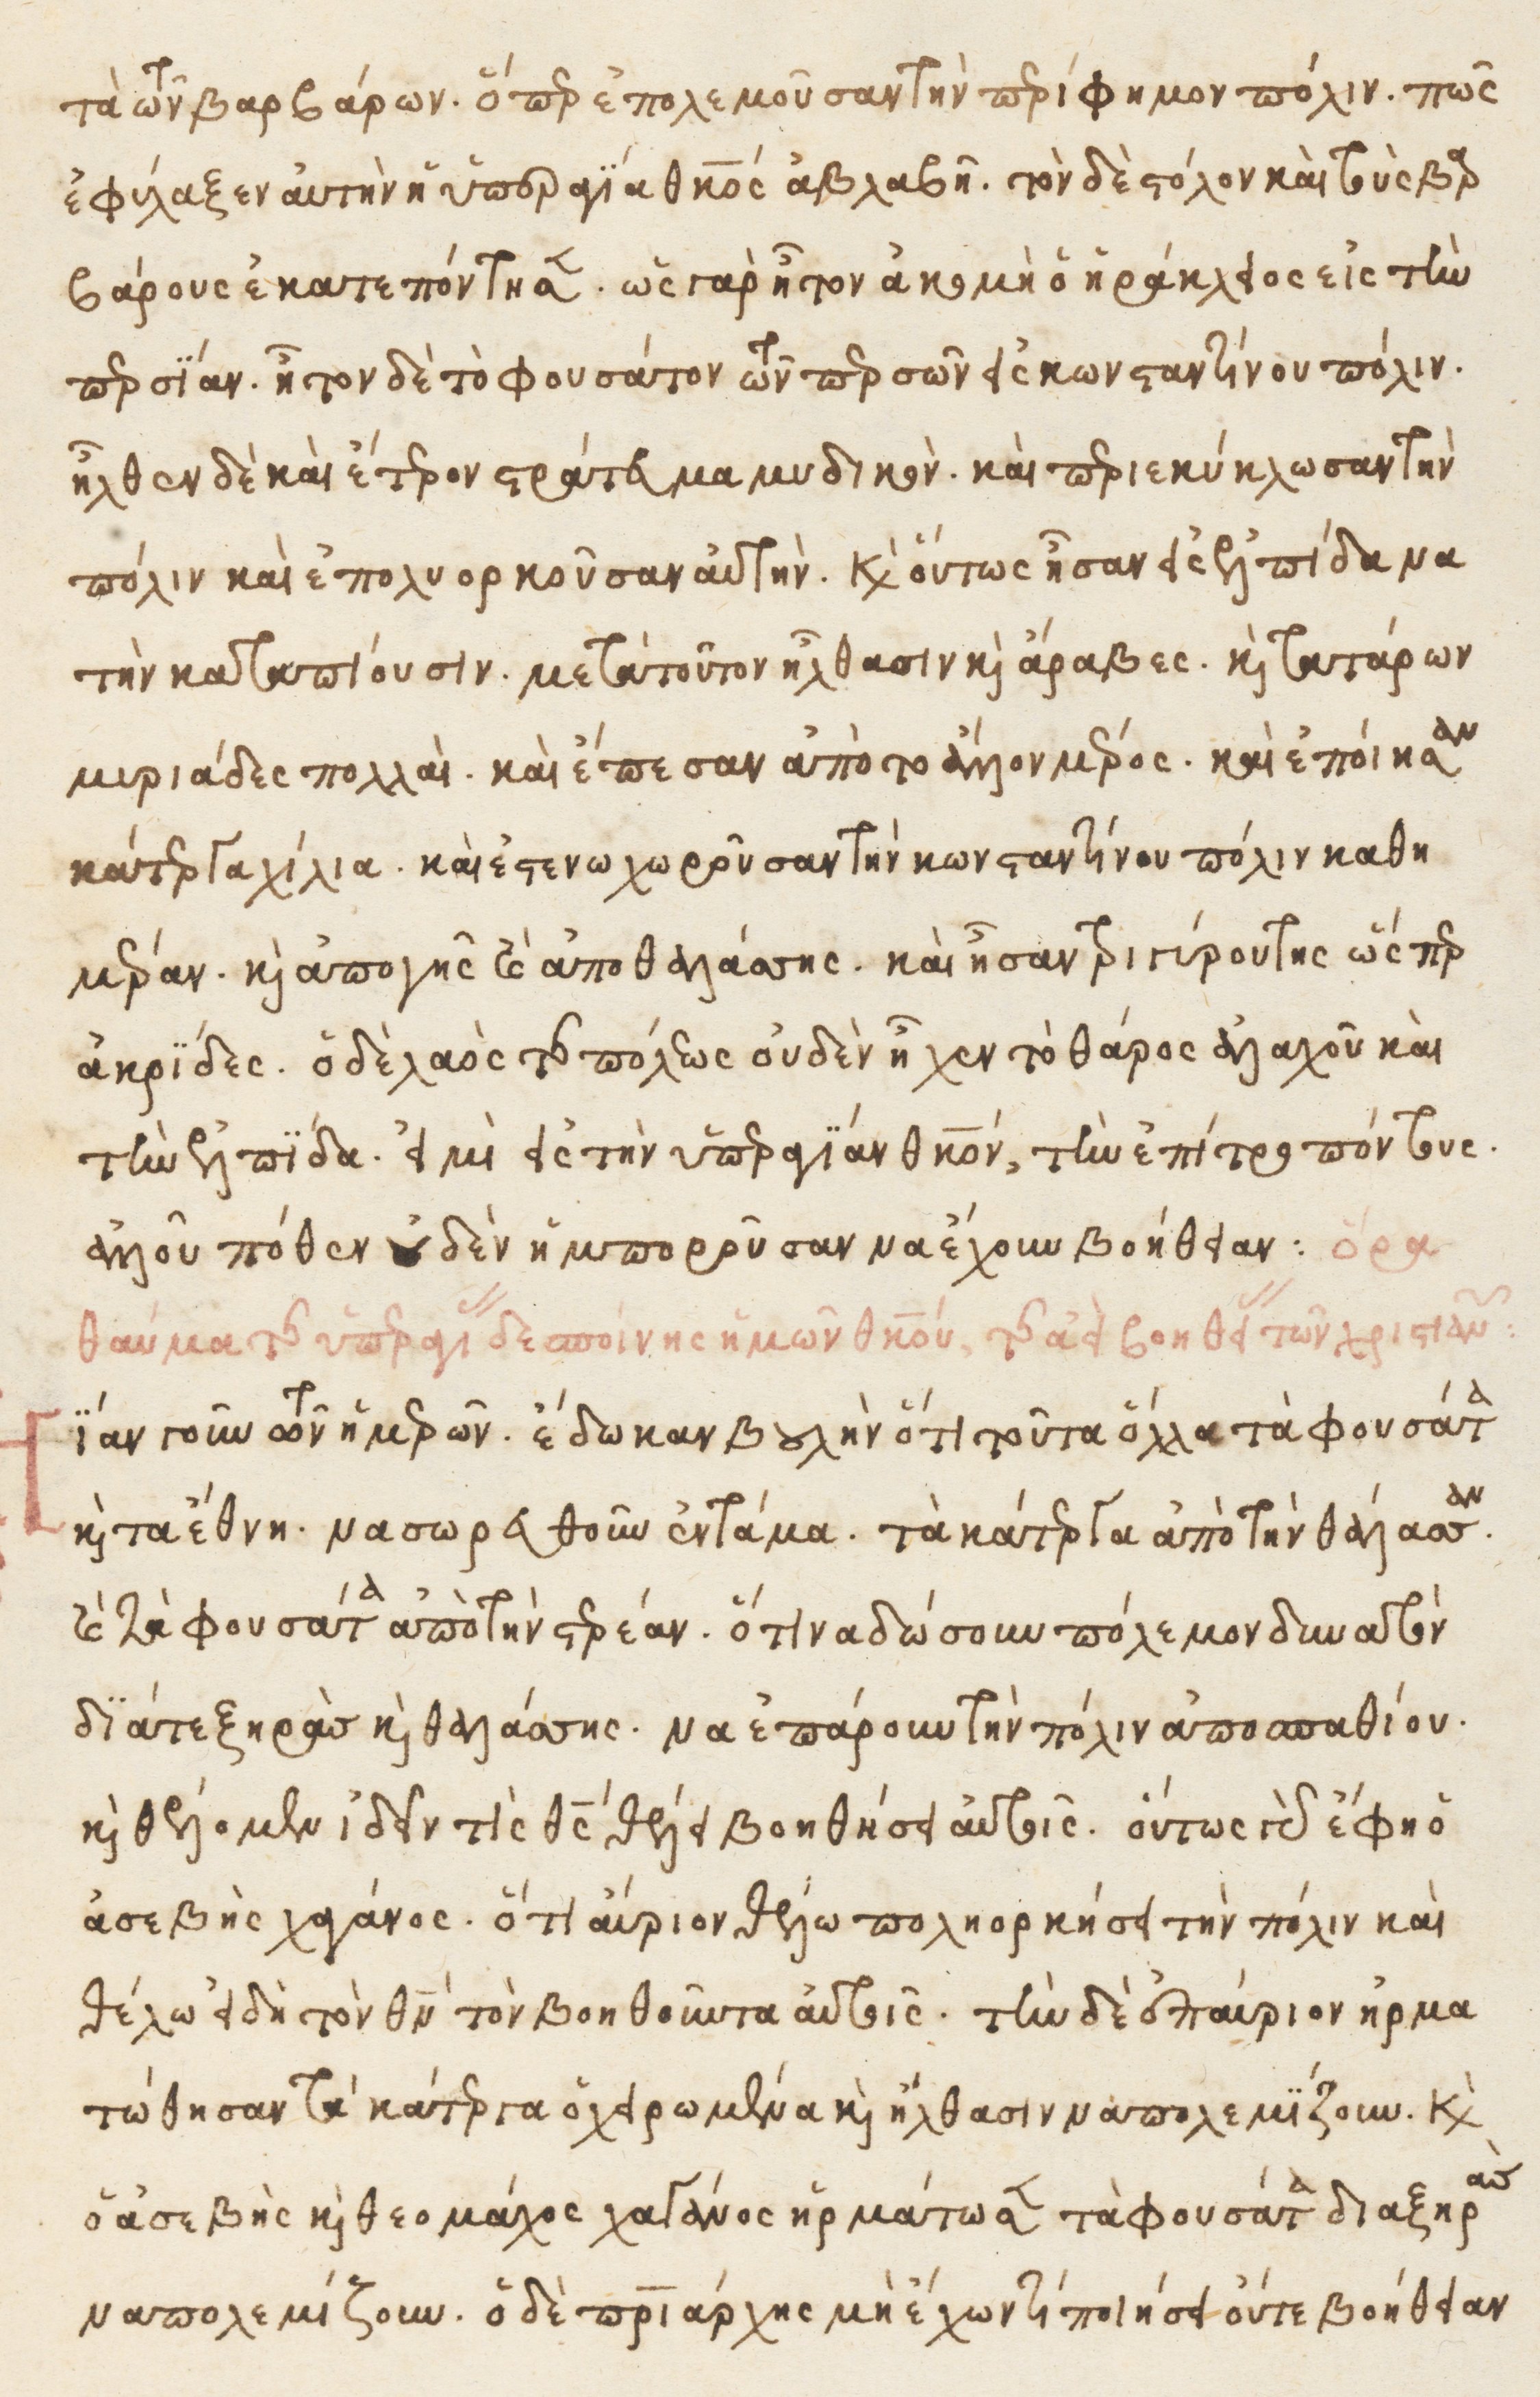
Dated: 1525–1549